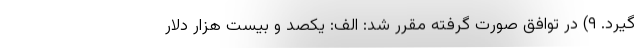
گیرد. ۹) در توافق صورت گرفته مقرر شد: الف: یکصد و بیست هزار دلار